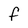
Character: f